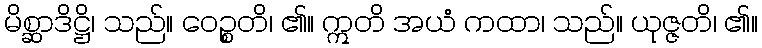
မိစ္ဆာဒိဋ္ဌိ၊ သည်။ ဝေဉ္စတိ၊ ၏။ ဣတိ အယံ ကထာ၊ သည်။ ယုဇ္ဇတိ၊ ၏။